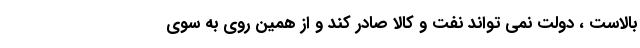
بالاست ، دولت نمی تواند نفت و کالا صادر کند و از همین روی به سوی